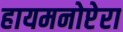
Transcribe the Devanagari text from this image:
हायमनोप्टेरा